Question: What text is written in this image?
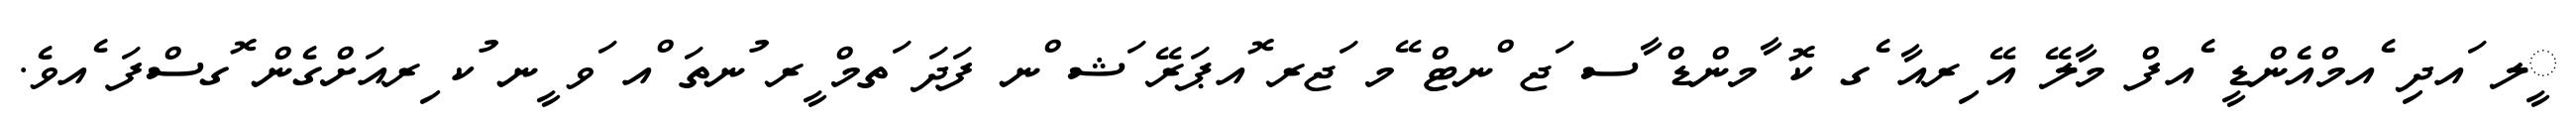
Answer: ީލ ައދި ެއމްއެންޑީ ެއފް މާލޭ އޭ ިރއާ ެގ ކޮ ާމންޑް ާސ ަޖ ްނޓް ޭމ ަޖރ ޮއޕަރޭ ަޝ ްނ ފަދަ ަތމް ީރ ުނތަ ްއ ަވ ީނ ުކ ިރއަށްގެން ޮގސްފަ ެއވެ.